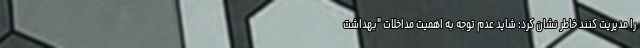
را مدیریت کنند خاطر نشان کرد: شاید عدم توجه به اهمیت مداخلات "بهداشت